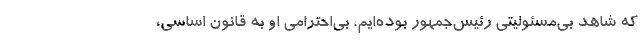
که شاهد بی‌مسئولیتی رئیس‌جمهور بوده‌ایم، بی‌احترامی او به قانون اساسی،